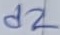
Text: d2